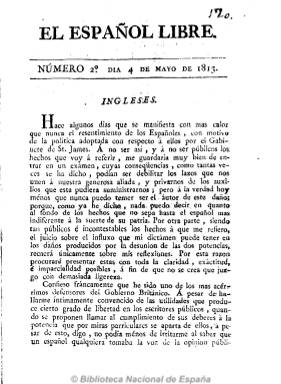
Título: El Español libre (Cádiz)
Colección: Periódicos anteriores a 1850
Ámbito geográfico: Cádiz
Lugar de publicación: Cádiz
Fechas: 04/05/1813-04/05/1813

Se conocen de este periódico, de carácter político y patriótico, hasta ocho números. Hasta el sexto fue estampado en las imprentas de Diego García Campoy y de Niel, hijo; el número 7, en la de la Casa de Misericordia, y el número 8, en la de Carreño, todas de Cádiz. En total, 154 páginas.

El ejemplar digitalizado por la BN corresponde al número 2, de 4 de mayo de 1813, de 20 páginas (p. 17-36), estampado en la imprenta de García Campoy, y dedicado íntegramente a la posición de los aliados ingleses en la guerra de la independencia y sobre su postura en relación con las colonias españolas en América. El primer número lo dedicó a la infanta Carlota, como candidata a la Regencia de España. Los números 3 y 4 (27 jul. 1813)  los dedica a replicar un artículo que José Blanco White (1775-1841) había publicado en El Español, en Londres.

Al final del número digitalizado en la BN, hay dos fichas manuscritas relativas a los periódicos políticos El bascongado (Bilbao: 1813-1814) y El montañés (Santander). En la Hemeroteca Municipal de Madrid se conservan los números 7 (1813) y 8 (1814). Debió de dejar de publicarse en enero o abril de 1814.